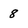
Character: 8